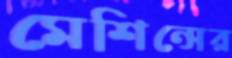
মেশিন্সের